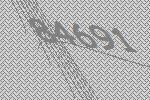
84691